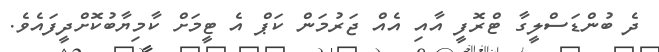
ދެ ބުންޑަސްލީގާ ޓްރޮފީ އާއި އެއް ޖަރުމަން ކަޕް އެ ޓީމަށް ކާމިޔާބުކޮށްދީފައެވެ.